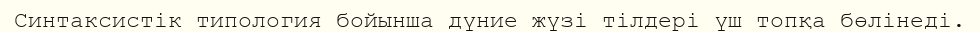
Синтаксистік типология бойынша дүние жүзі тілдері үш топқа бөлінеді.